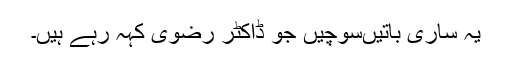
یہ ساری باتیں‌سوچیں جو ڈاکٹر رضوی کہہ رہے ہیں۔